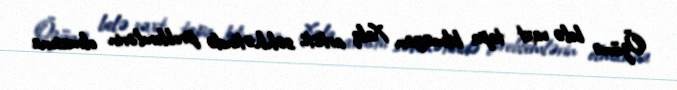
Özünə belə vaxt tapa bilməyən Xalq artisti, səhhətində problemlərin olmasına